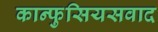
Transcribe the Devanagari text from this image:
कान्फुसियसवाद